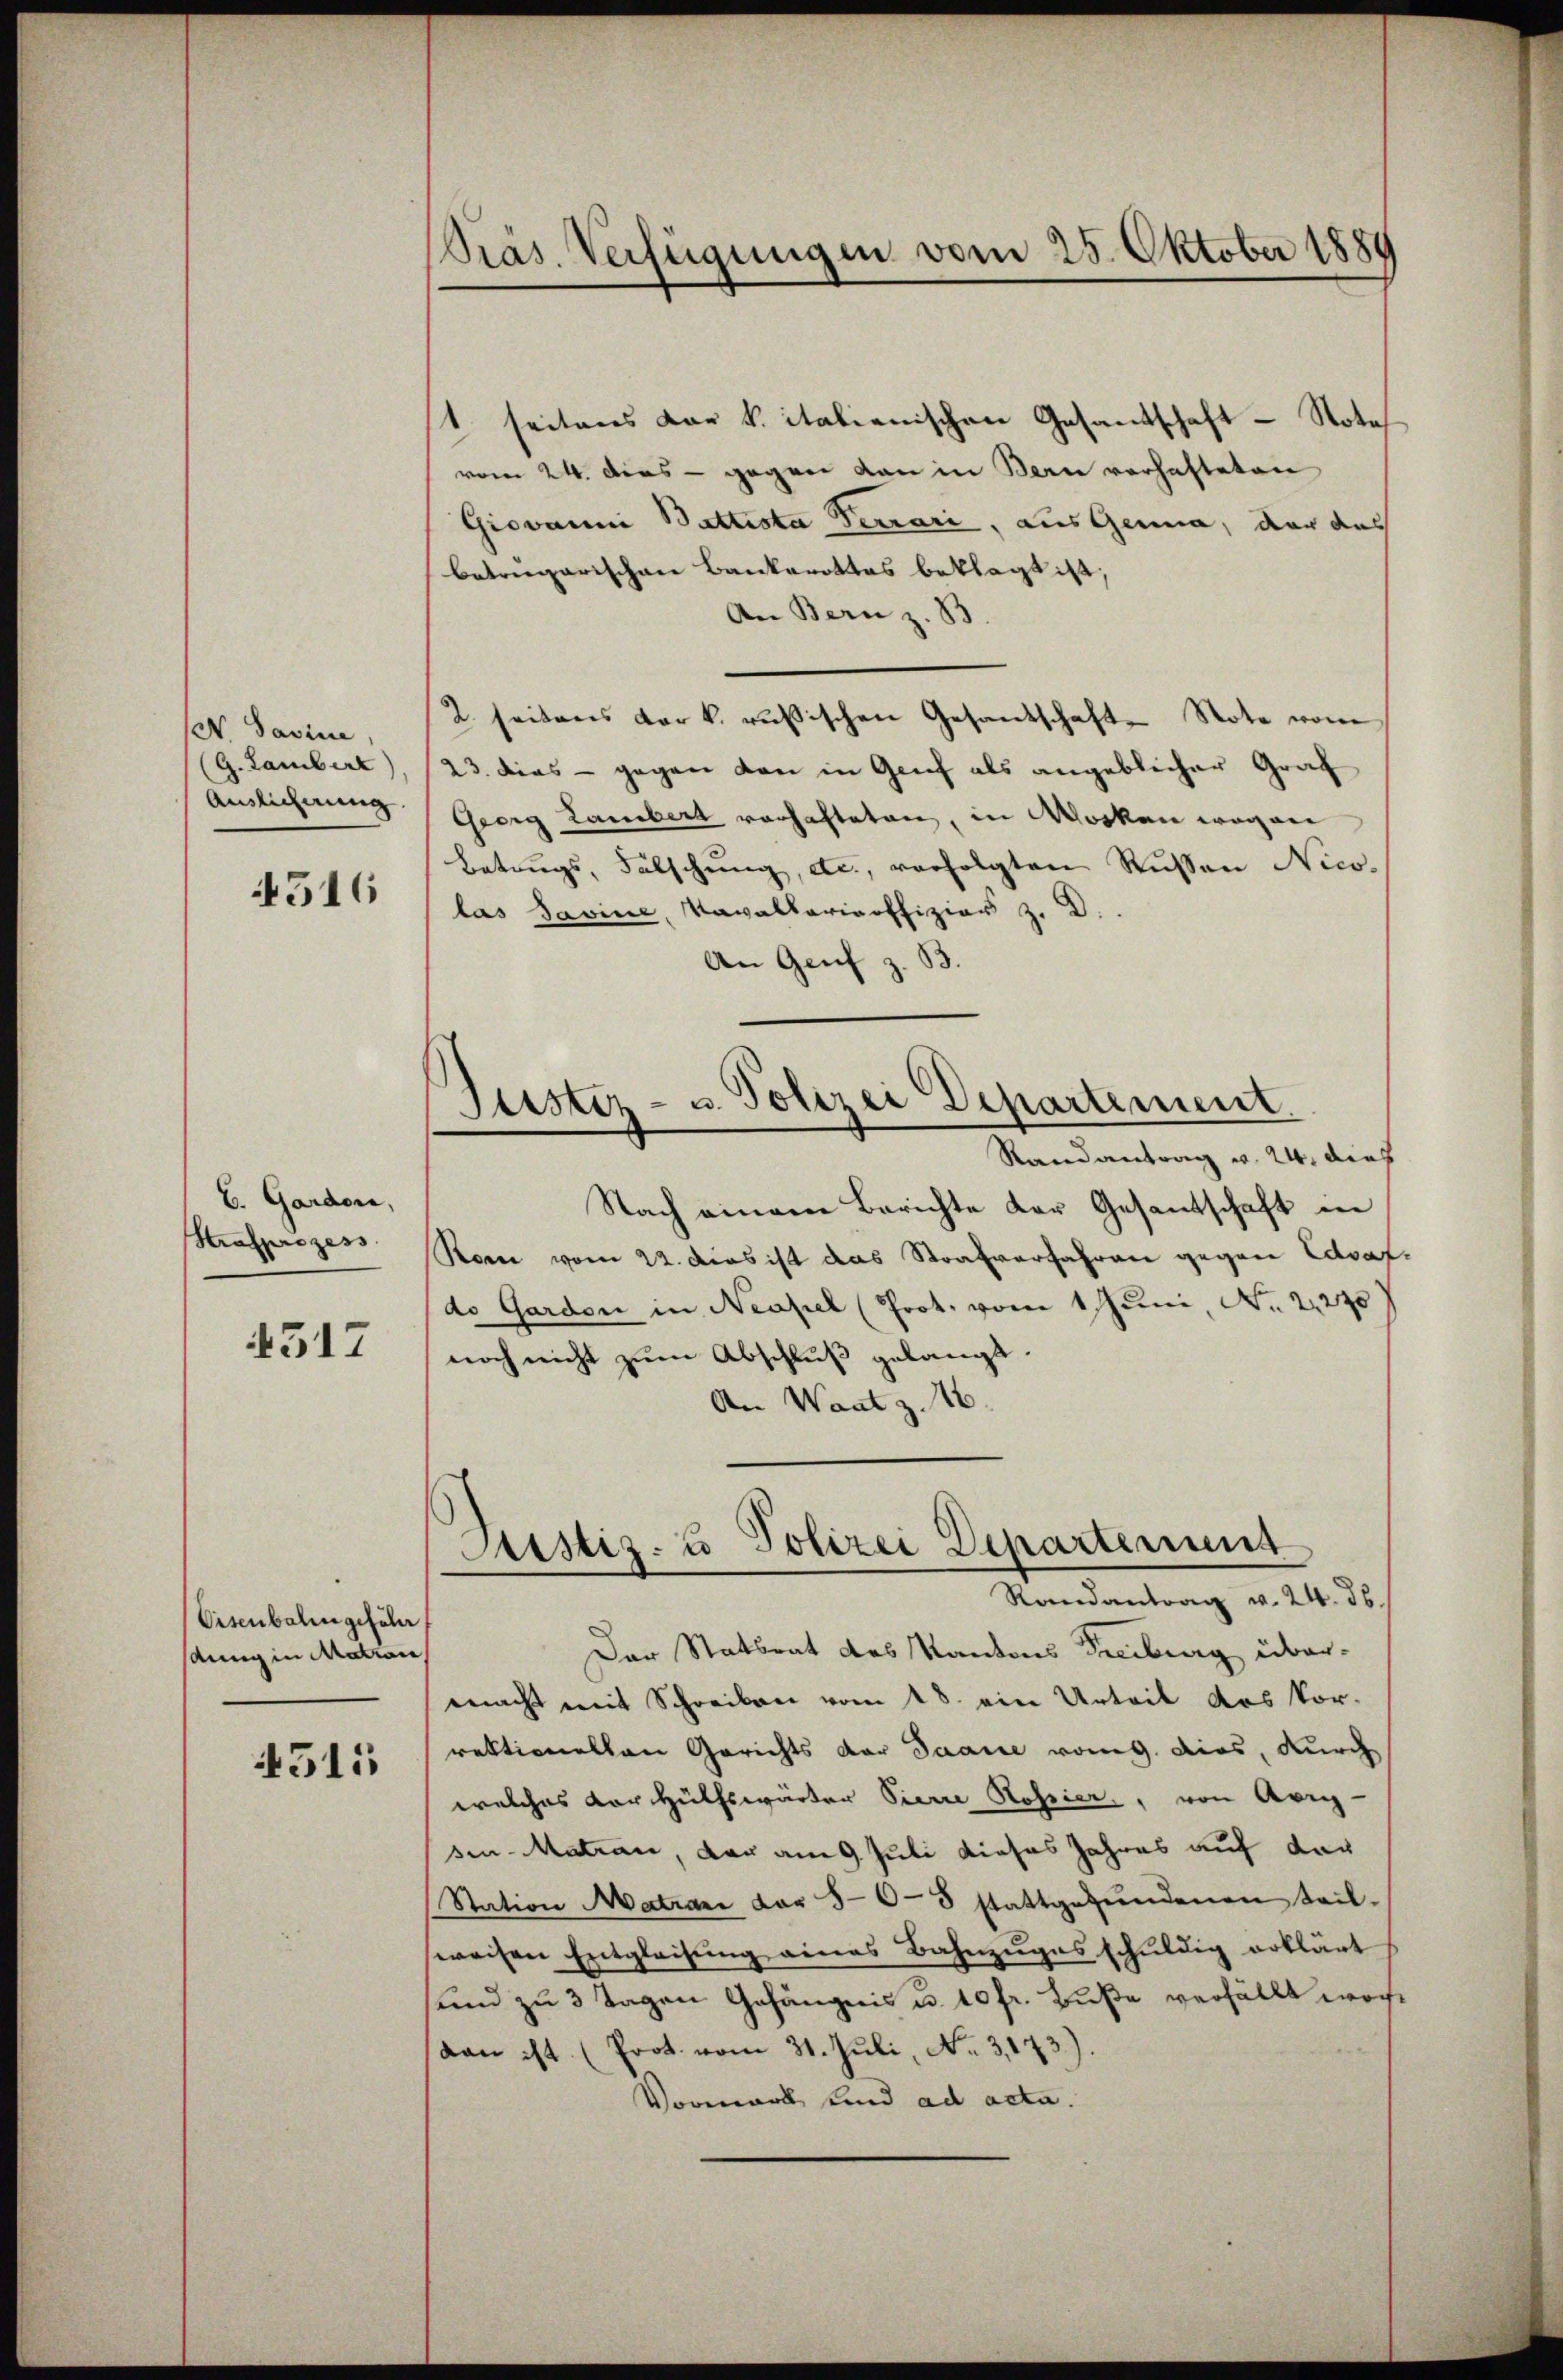
N. Dasine,
(G. Lambert
Auslicherung.

4516

b. Garden,
Strafprozess

4517

Eisenbahngeführ
snng in Matron

4511

Pras. Verfügungen vom 25. Oktober 1880

Justiz- u. Polizei Departement
Randantrag v. 24. dief

t seitens dar k. italienischen Gesandschaft - Nota
vom 24. dies - gegen dan in Bern verhafteten
Giovanni Battista Terrari, aus Genua, der aus
betregarischen Bankarottes beklagt ist;
An Bern z. B
2 seitens der k. russischen Gesandschaft Note vom
23. dies - gegen den in Genf als angeblicher Graf
Georg Lambert vorhafteten, in Werken wegen
Betrags, Falschung, etc., verfolgten Russen Nico-
las Savine, Vavallaricoffizien z. B.
An Genf z. B.
Nach einem Berichte der Gesantschaft in
Rore vom 22. dies ist das Strafverfahren gegen daf
do Garden in Neapel (Prot. vom 1 Juni, Nr. 2270
noch nicht zum Abschluß gelangt.
An Waatz. 16.
Justiz- u Polizei Departement
Randantrag v. 24. ds.
Der Statsrat des Kantons Freiburg übermacht mit Schreiben vom 18. ein Urteil das Vor-
rektionellen Gerichts der Saane vom 9. dies, durch
welches vor Hülfswärter Pierre Rossier, von Avig-
sen-Matran, der am 9. Juli dieses Jahres auf der
Station Matrari dar 5-6-8 stattgefŭndenen teil-
weisen Entgleitung eines Bahnzuges schuldig erklärt,
sund zu 3 Tagen Gefängnis u. 10 fr. Buße verfällt wordan ist (Prot. vom 31. Juli, No. 3173).
Vormark und ad acta.